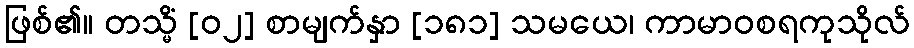
ဖြစ်၏။ တသ္မိံ [၀၂] စာမျက်နှာ [၁၈၁] သမယေ၊ ကာမာဝစရကုသိုလ်